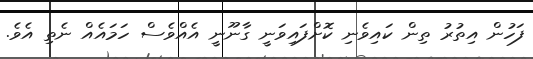
ފަހުން އިތުރު ތިން ކައިވެނި ކޮށްފައިވަނީ ގާނޫނީ އެއްވެސް ހަމައެއް ނެތި އެވެ.